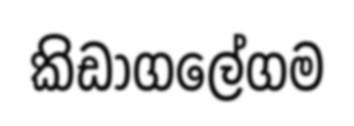
කිඩාගලේගම